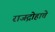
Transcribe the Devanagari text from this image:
राजद्रोहाचे